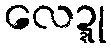
လေဍ္ဍု